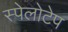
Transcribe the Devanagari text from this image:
स्पेलोटेप